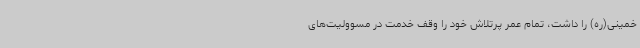
خمینی(ره) را داشت، تمام عمر پرتلاش خود را وقف خدمت در مسوولیت‌های